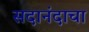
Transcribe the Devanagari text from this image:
सदानंदाचा